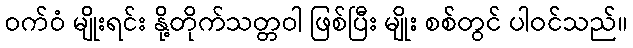
ဝက်ဝံ မျိုးရင်း နို့တိုက်သတ္တဝါ ဖြစ်ပြီး မျိုး စစ်တွင် ပါဝင်သည်။